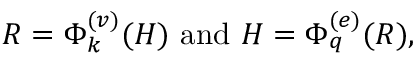
R = \Phi _ { k } ^ { ( v ) } ( H ) \ \mathrm { a n d } \ H = \Phi _ { q } ^ { ( e ) } ( R ) ,